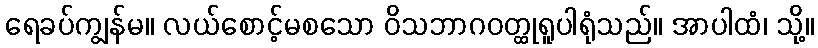
ရေခပ်ကျွန်မ။ လယ်စောင့်မစသော ဝိသဘာဂဝတ္ထုရူပါရုံသည်။ အာပါထံ၊ သို့။